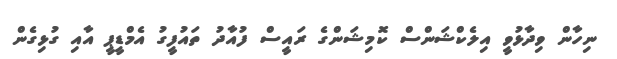
ނިހާން ވިދާޅުވީ އިލެކްޝަންސް ކޮމިޝަންގެ ރައީސް ފުއާދު ތައުފީގު އެމްޑީޕީ އާއި ގުޅިގެން